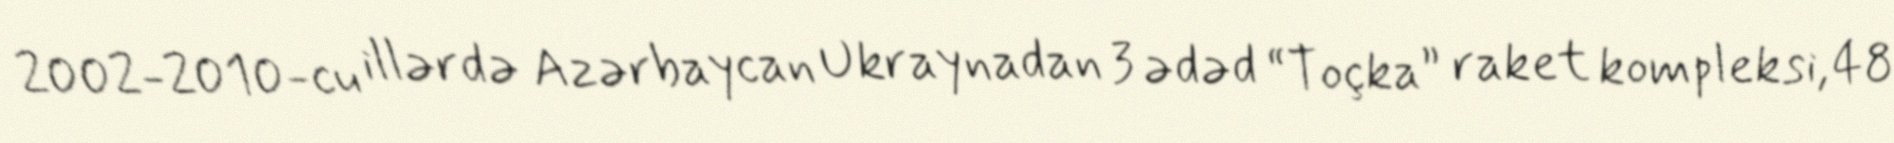
2002-2010-cu illərdə Azərbaycan Ukraynadan 3 ədəd “Toçka” raket kompleksi, 48